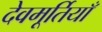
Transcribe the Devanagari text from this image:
देवमूर्तियाँ